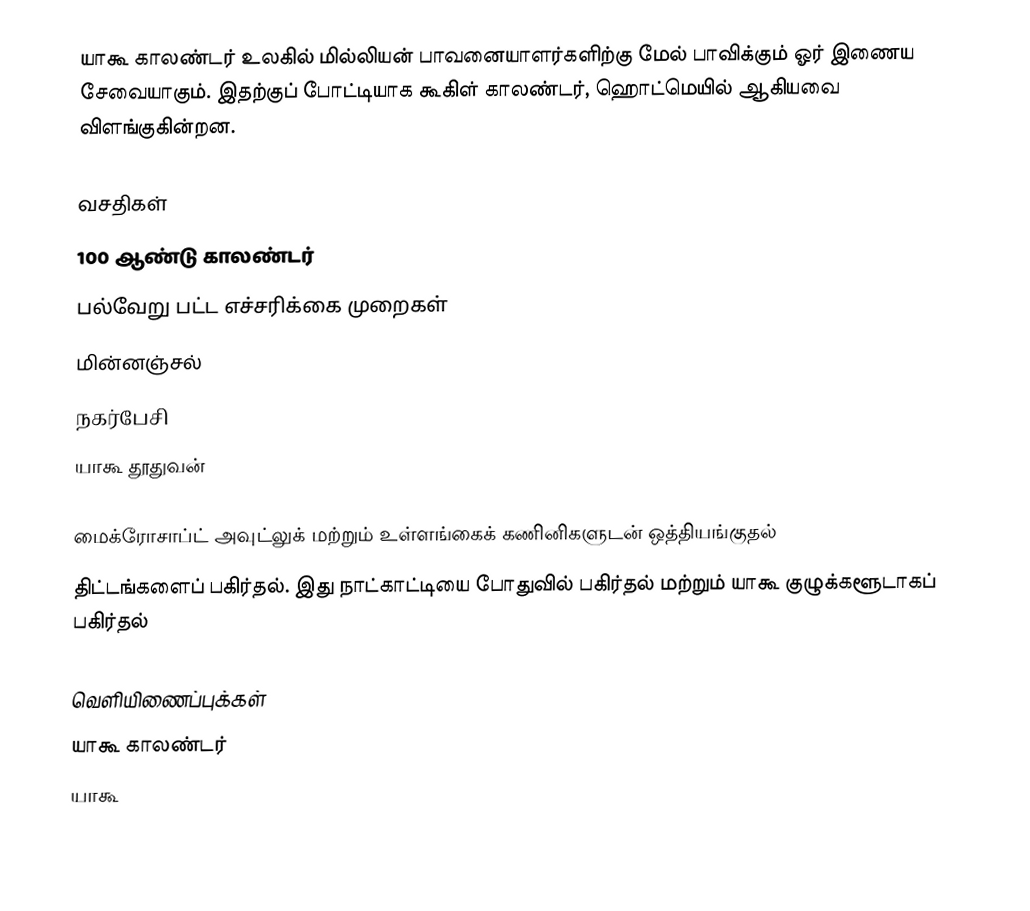
யாகூ காலண்டர் உலகில் மில்லியன் பாவனையாளர்களிற்கு மேல் பாவிக்கும் ஓர் இணைய சேவையாகும். இதற்குப் போட்டியாக கூகிள் காலண்டர், ஹொட்மெயில் ஆகியவை விளங்குகின்றன.

வசதிகள்
100 ஆண்டு காலண்டர்
பல்வேறு பட்ட எச்சரிக்கை முறைகள்
மின்னஞ்சல்
நகர்பேசி
யாகூ தூதுவன்

மைக்ரோசாப்ட் அவுட்லுக் மற்றும் உள்ளங்கைக் கணினிகளுடன் ஒத்தியங்குதல்
திட்டங்களைப் பகிர்தல். இது நாட்காட்டியை போதுவில் பகிர்தல் மற்றும் யாகூ குழுக்களூடாகப் பகிர்தல்

வெளியிணைப்புக்கள்
 யாகூ காலண்டர்
யாகூ